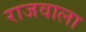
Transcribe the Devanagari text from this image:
राजवाला